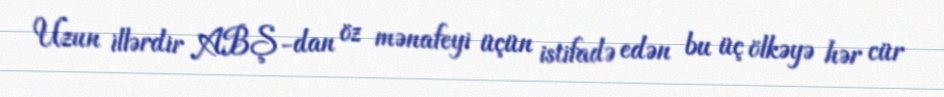
Uzun illərdir ABŞ-dan öz mənafeyi üçün istifadə edən bu üç ölkəyə hər cür